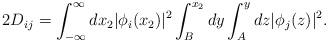
LaTeX: \begin{align*}2D_{ij}=\int_{-\infty}^{\infty} dx_2 |\phi_i(x_2)|^2\int_B^{x_2} dy\int_A^y dz |\phi_j(z)|^2.\end{align*}